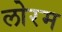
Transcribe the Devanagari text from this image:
लोरम